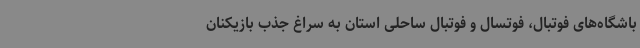
باشگاه‌های فوتبال، فوتسال و فوتبال ساحلی استان به سراغ جذب بازیکنان